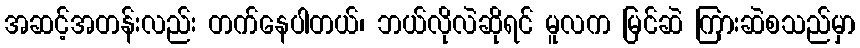
အဆင့်အတန်းလည်း တက်နေပါတယ်၊ ဘယ်လိုလဲဆိုရင် မူလက မြင်ဆဲ ကြားဆဲစသည်မှာ